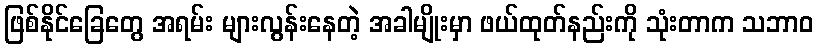
ဖြစ်နိုင်ခြေတွေ အရမ်း များလွန်းနေတဲ့ အခါမျိုးမှာ ဖယ်ထုတ်နည်းကို သုံးတာက သဘာဝ